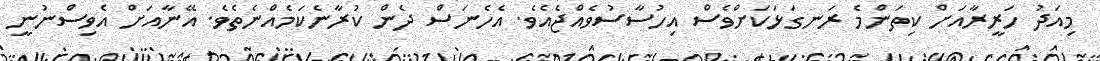
މިއަދު ހަރީރާއަށް ކިތަންމެ ރަނގަޅަކަަށްވެސް އިހުސާސުވެއްޖެއެވެ. އެހެނަސް ދެން ކުރާނެކަމެއްނެތެވެ. އޭނާއަށް އެވިސްނުނީ